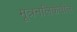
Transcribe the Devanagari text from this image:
मूत्रनलिकेतील